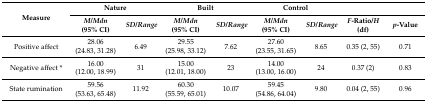
<table><thead><tr><td rowspan="2"><b>Measure</b></td><td colspan="2"><b>Nature</b></td><td colspan="2"><b>Built</b></td><td colspan="2"><b>Control</b></td><td></td><td></td></tr><tr><td><b><i>M/Mdn</i>(95% CI)</b></td><td><b><i>SD/Range</i></b></td><td><b><i>M/Mdn</i>(95% CI)</b></td><td><b><i>SD/Range</i></b></td><td><b><i>M/Mdn</i>(95% CI)</b></td><td><b><i>SD/Range</i></b></td><td><b><i>F</i>-Ratio/<i>H</i> (df)</b></td><td><b><i>p</i>-Value</b></td></tr></thead><tbody><tr><td>Positive affect</td><td>28.06 (24.83, 31.28)</td><td>6.49</td><td>29.55 (25.98, 33.12)</td><td>7.62</td><td>27.60 (23.55, 31.65)</td><td>8.65</td><td>0.35 (2, 55)</td><td>0.71</td></tr><tr><td>Negative affect *</td><td>16.00 (12.00, 18.99)</td><td>31</td><td>15.00 (12.01, 18.00)</td><td>23</td><td>14.00 (13.00, 16.00)</td><td>24</td><td>0.37 (2)</td><td>0.83</td></tr><tr><td>State rumination</td><td>59.56 (53.63, 65.48)</td><td>11.92</td><td>60.30 (55.59, 65.01)</td><td>10.07</td><td>59.45 (54.86, 64.04)</td><td>9.80</td><td>0.04 (2, 55)</td><td>0.96</td></tr></tbody></table>